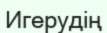
Игерудің